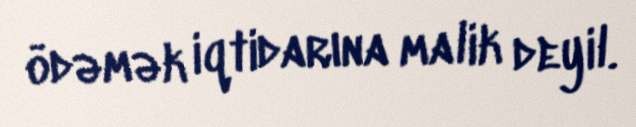
ödəmək iqtidarına malik deyil.